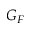
G _ { F }